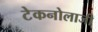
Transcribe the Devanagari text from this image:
टेकनोलाजी